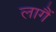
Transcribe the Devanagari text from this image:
लागैं